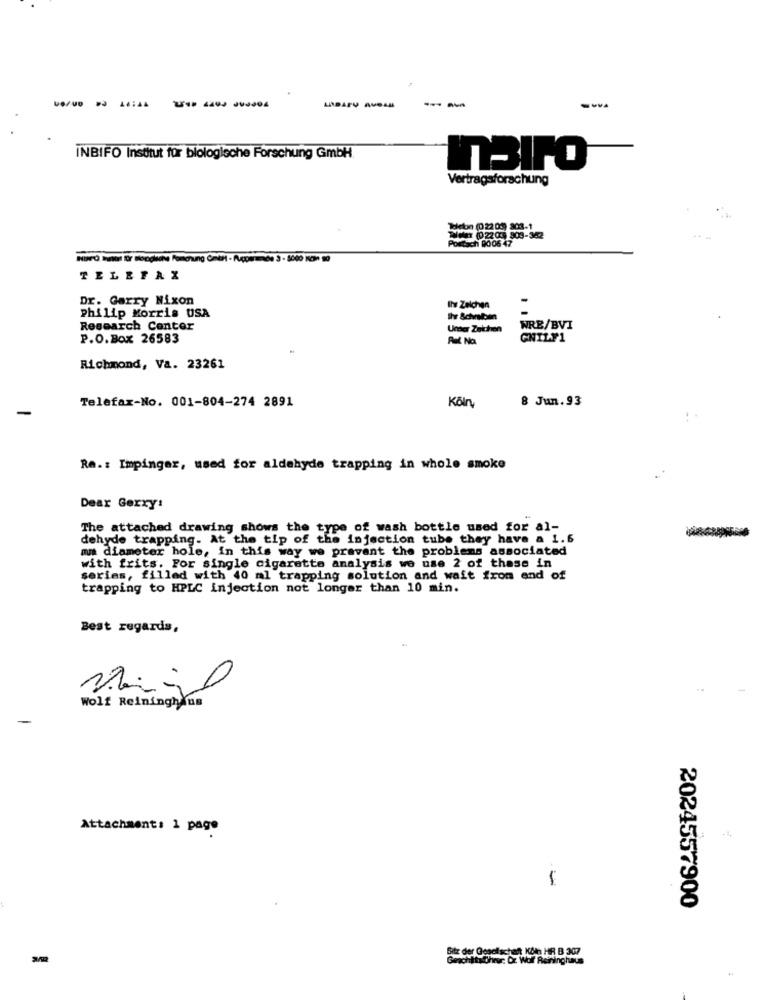
- - ----
INBIFO Institut für biologische Forschung GmbH.
-
InBITO
Vertragsforschung
debe (022 09) 303-1
02209 803-342
tach 9006 47
TELEFAX
Dr. Garry Nixon
Philip Morris USA
Ily Zelchen
Research Center
Unser Zeichen
WRE/BVI
P.O.Box 26583
GNILF1
Richmond, Va. 23261
Telefax-No. 001-804-274 2891
Kölny
8 Jun.93
Re .: Impinger, used for aldehyde trapping in whole smoke
Dear Gerxy:
The attached drawing shows the type of wash bottle used for al-
dehyde trapping. At the tip of the injection tube they have a 1.6
mu diameter hole, in this way we prevent the problems associated
with frits. For single cigarette analysis we use 2 of these in
series, filled with 40 ml trapping solution and wait from end of
trapping to HPLC injection not longer than 10 min.
Best regards,
Wolf Reininghaus
Attachment: 1 page
2024557900
Sitz der Geselschaft Köt HR B 307
Geschehn Cheer, Dz War Reninghaus